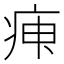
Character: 𤶉